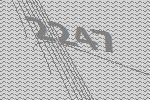
2247